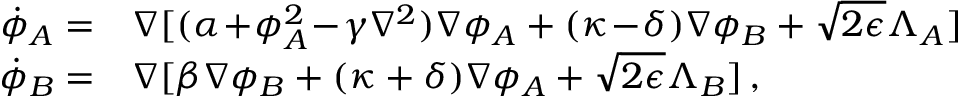
\begin{array} { r l } { \! \dot { \phi } _ { A } = } & { \nabla [ ( \alpha \! + \! \phi _ { A } ^ { 2 } \! - \! \gamma \nabla ^ { 2 } ) \nabla \phi _ { A } + ( \kappa \! - \! \delta ) \nabla \phi _ { B } + \sqrt { 2 \epsilon } \Lambda _ { A } ] } \\ { \! \dot { \phi } _ { B } = } & { \nabla [ \beta \nabla \phi _ { B } + ( \kappa + \delta ) \nabla \phi _ { A } + \sqrt { 2 \epsilon } \Lambda _ { B } ] \, , } \end{array}